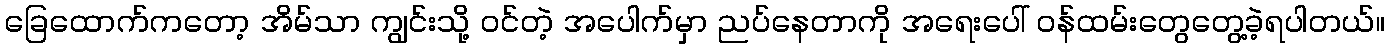
ခြေထောက်ကတော့ အိမ်သာ ကျွင်းသို့ ဝင်တဲ့ အပေါက်မှာ ညပ်နေတာကို အရေးပေါ် ဝန်ထမ်းတွေတွေ့ခဲ့ရပါတယ်။